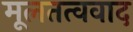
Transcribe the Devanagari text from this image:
मूलतत्ववाद